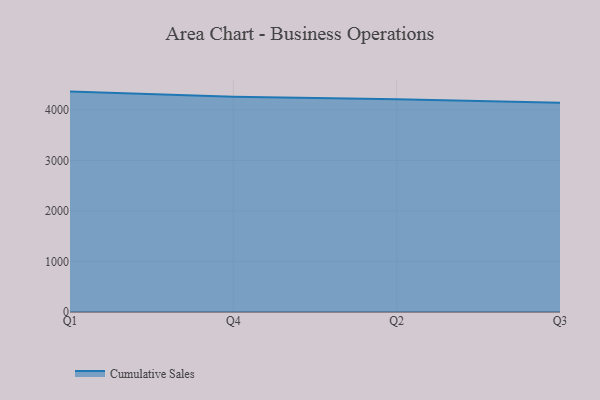
{"axis": {"x": "Quarter", "y": "Latency (ms)"}, "legend": ["Cumulative Sales"], "data": [{"x": "Q1", "y": 4362.8, "type": "Cumulative Sales"}, {"x": "Q4", "y": 4259.8, "type": "Cumulative Sales"}, {"x": "Q2", "y": 4209.2, "type": "Cumulative Sales"}, {"x": "Q3", "y": 4140.2, "type": "Cumulative Sales"}]}